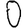
Digit: 0